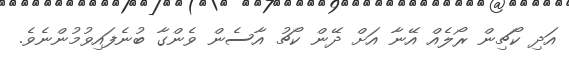
އަދި ކޯޗިން ރޯލެއް އޭނާ އަށް ދޭން ކޯޗު އާސެން ވެންގާ ބުނެފައިވުމުންނެވެ.